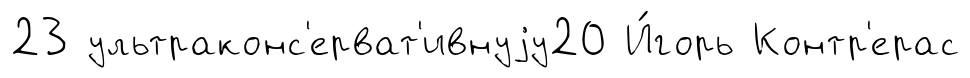
23 ультраконс'ерват'ивнуjу20 И́горь Контр'ерас